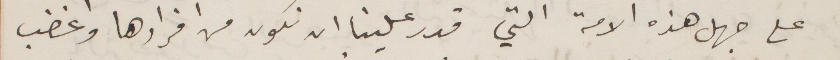
على جهل هذه الامة التي قدر علينا ان نكون من افرادها واغضب